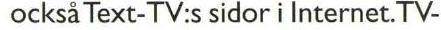
också Text-TV:s sidor i Internet.TV-